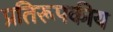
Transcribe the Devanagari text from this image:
प्रतिरूपकीय